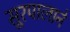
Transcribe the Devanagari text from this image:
सूरपालाने